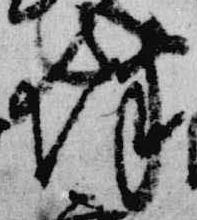
伴